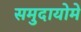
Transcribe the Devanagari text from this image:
समुदायोमे